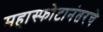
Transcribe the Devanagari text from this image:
महास्फोटानंतरचे